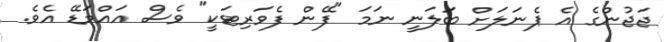
ޖަޖުންގެ އެ ޕެނަލަށް ބަލަނީ ނަމަ "ފޭން ފެވަރިޓަކީ" ވެސް އައްމަޑޭ އެވެ.